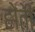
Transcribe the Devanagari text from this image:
होतेी